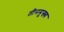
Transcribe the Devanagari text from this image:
तीनमुख्य